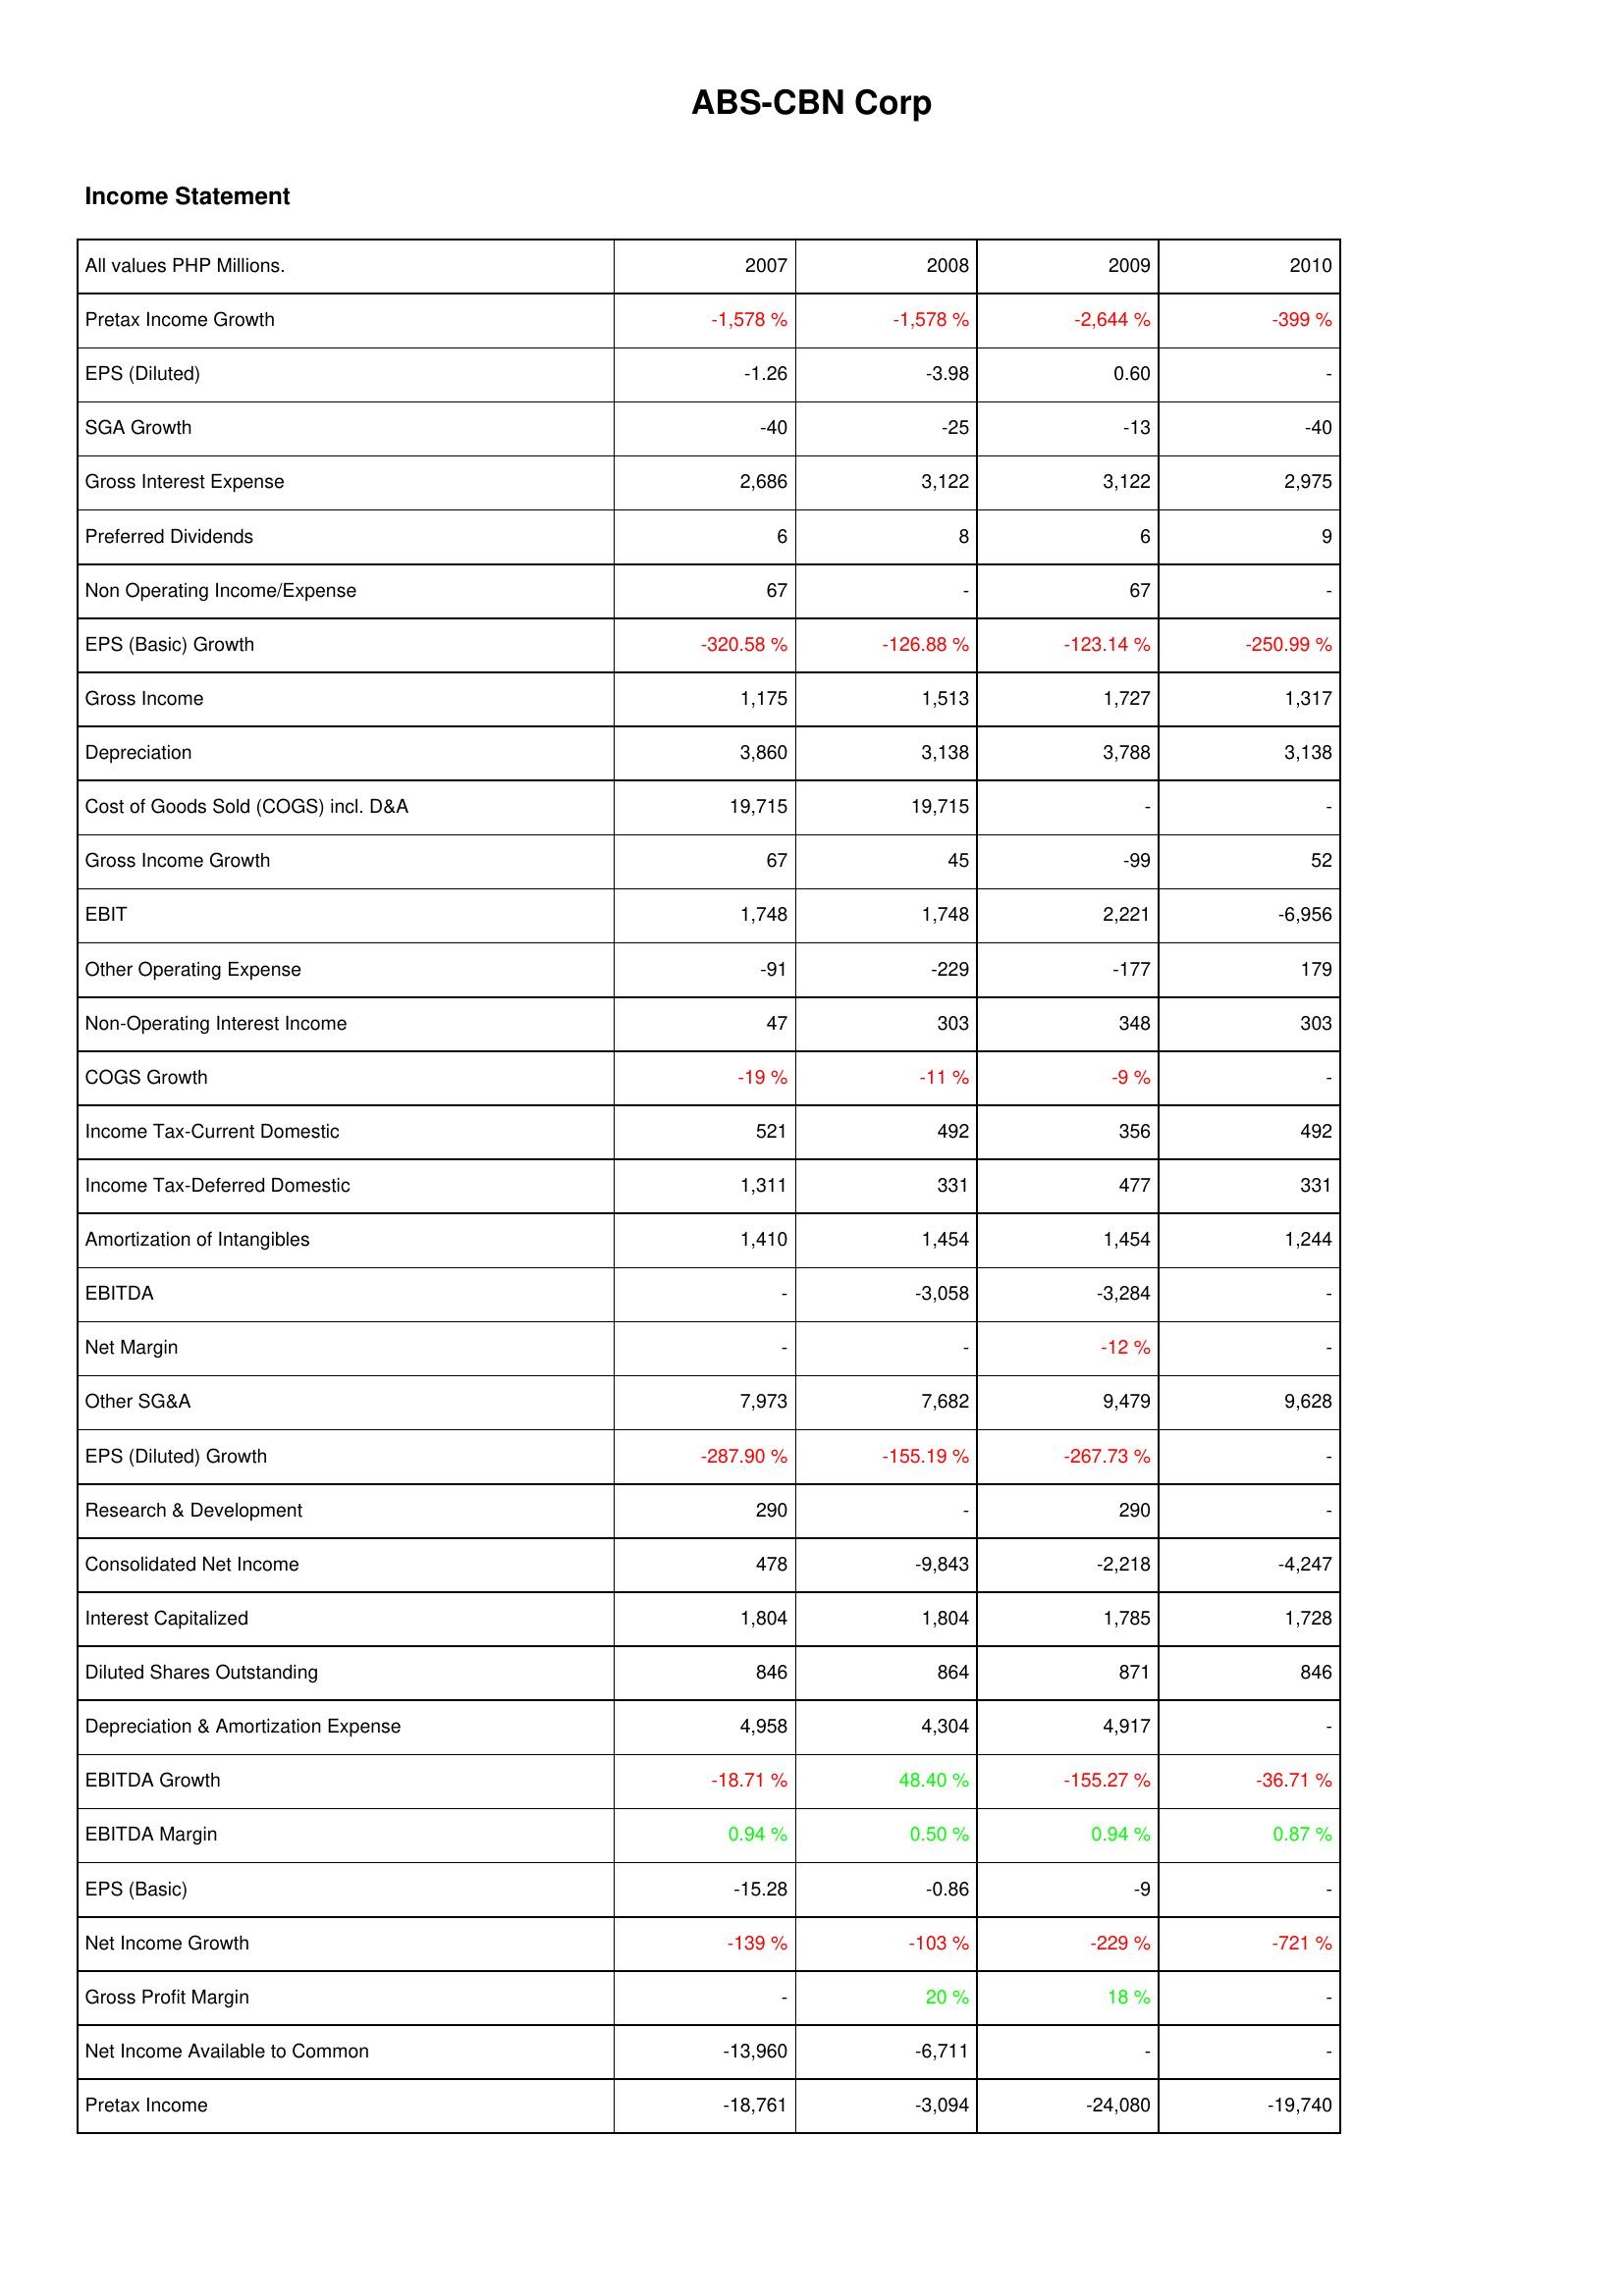
2007: Income Statement: Pretax Income Growth: -1,578 %
EPS (Diluted): -1.26
SGA Growth: -40
Gross Interest Expense: 2,686
Preferred Dividends: 6
Non Operating Income/Expense: 67
EPS (Basic) Growth: -320.58 %
Gross Income: 1,175
Depreciation: 3,860
Cost of Goods Sold (COGS) incl. D&A: 19,715
Gross Income Growth: 67
EBIT: 1,748
Other Operating Expense: -91
Non-Operating Interest Income: 47
COGS Growth: -19 %
Income Tax-Current Domestic: 521
Income Tax-Deferred Domestic: 1,311
Amortization of Intangibles: 1,410
EBITDA: -
Net Margin: -
Other SG&A: 7,973
EPS (Diluted) Growth: -287.90 %
Research & Development: 290
Consolidated Net Income: 478
Interest Capitalized: 1,804
Diluted Shares Outstanding: 846
Depreciation & Amortization Expense: 4,958
EBITDA Growth: -18.71 %
EBITDA Margin: 0.94 %
EPS (Basic): -15.28
Net Income Growth: -139 %
Gross Profit Margin: -
Net Income Available to Common: -13,960
Pretax Income: -18,761
2008: Income Statement: Pretax Income Growth: -1,578 %
EPS (Diluted): -3.98
SGA Growth: -25
Gross Interest Expense: 3,122
Preferred Dividends: 8
Non Operating Income/Expense: -
EPS (Basic) Growth: -126.88 %
Gross Income: 1,513
Depreciation: 3,138
Cost of Goods Sold (COGS) incl. D&A: 19,715
Gross Income Growth: 45
EBIT: 1,748
Other Operating Expense: -229
Non-Operating Interest Income: 303
COGS Growth: -11 %
Income Tax-Current Domestic: 492
Income Tax-Deferred Domestic: 331
Amortization of Intangibles: 1,454
EBITDA: -3,058
Net Margin: -
Other SG&A: 7,682
EPS (Diluted) Growth: -155.19 %
Research & Development: -
Consolidated Net Income: -9,843
Interest Capitalized: 1,804
Diluted Shares Outstanding: 864
Depreciation & Amortization Expense: 4,304
EBITDA Growth: 48.40 %
EBITDA Margin: 0.50 %
EPS (Basic): -0.86
Net Income Growth: -103 %
Gross Profit Margin: 20 %
Net Income Available to Common: -6,711
Pretax Income: -3,094
2009: Income Statement: Pretax Income Growth: -2,644 %
EPS (Diluted): 0.60
SGA Growth: -13
Gross Interest Expense: 3,122
Preferred Dividends: 6
Non Operating Income/Expense: 67
EPS (Basic) Growth: -123.14 %
Gross Income: 1,727
Depreciation: 3,788
Cost of Goods Sold (COGS) incl. D&A: -
Gross Income Growth: -99
EBIT: 2,221
Other Operating Expense: -177
Non-Operating Interest Income: 348
COGS Growth: -9 %
Income Tax-Current Domestic: 356
Income Tax-Deferred Domestic: 477
Amortization of Intangibles: 1,454
EBITDA: -3,284
Net Margin: -12 %
Other SG&A: 9,479
EPS (Diluted) Growth: -267.73 %
Research & Development: 290
Consolidated Net Income: -2,218
Interest Capitalized: 1,785
Diluted Shares Outstanding: 871
Depreciation & Amortization Expense: 4,917
EBITDA Growth: -155.27 %
EBITDA Margin: 0.94 %
EPS (Basic): -9
Net Income Growth: -229 %
Gross Profit Margin: 18 %
Net Income Available to Common: -
Pretax Income: -24,080
2010: Income Statement: Pretax Income Growth: -399 %
EPS (Diluted): -
SGA Growth: -40
Gross Interest Expense: 2,975
Preferred Dividends: 9
Non Operating Income/Expense: -
EPS (Basic) Growth: -250.99 %
Gross Income: 1,317
Depreciation: 3,138
Cost of Goods Sold (COGS) incl. D&A: -
Gross Income Growth: 52
EBIT: -6,956
Other Operating Expense: 179
Non-Operating Interest Income: 303
COGS Growth: -
Income Tax-Current Domestic: 492
Income Tax-Deferred Domestic: 331
Amortization of Intangibles: 1,244
EBITDA: -
Net Margin: -
Other SG&A: 9,628
EPS (Diluted) Growth: -
Research & Development: -
Consolidated Net Income: -4,247
Interest Capitalized: 1,728
Diluted Shares Outstanding: 846
Depreciation & Amortization Expense: -
EBITDA Growth: -36.71 %
EBITDA Margin: 0.87 %
EPS (Basic): -
Net Income Growth: -721 %
Gross Profit Margin: -
Net Income Available to Common: -
Pretax Income: -19,740